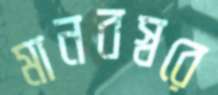
মানবস্বরে